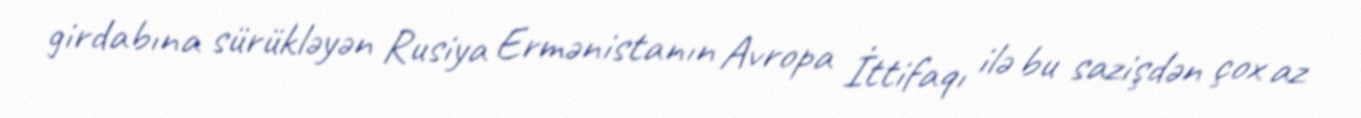
girdabına sürükləyən Rusiya Ermənistanın Avropa İttifaqı ilə bu sazişdən çox az